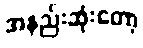
အနည်းဆုံးတော့